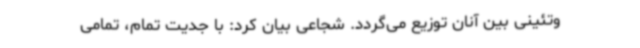
وتئینی بین آنان توزیع می‌گردد. شجاعی بیان کرد: با جدیت تمام، تمامی